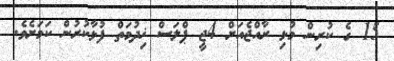
15 ގެ ކުރިން މުޅި ރާއްޖެއަށް 4ޖީ ޕްލަސް ޚިދުމަތް ފުޅާކުރުން ކަމަށެވެ.